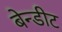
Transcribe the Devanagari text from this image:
बेन्डीट